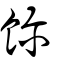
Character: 飻